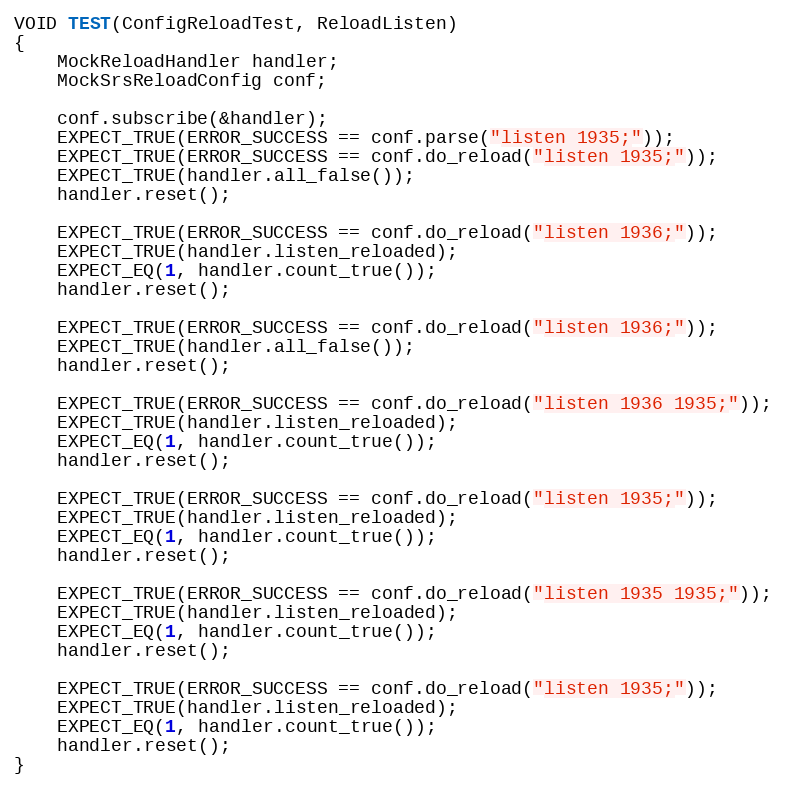
Language: C++
VOID TEST(ConfigReloadTest, ReloadListen)
{
    MockReloadHandler handler;
    MockSrsReloadConfig conf;

    conf.subscribe(&handler);
    EXPECT_TRUE(ERROR_SUCCESS == conf.parse("listen 1935;"));
    EXPECT_TRUE(ERROR_SUCCESS == conf.do_reload("listen 1935;"));
    EXPECT_TRUE(handler.all_false());
    handler.reset();

    EXPECT_TRUE(ERROR_SUCCESS == conf.do_reload("listen 1936;"));
    EXPECT_TRUE(handler.listen_reloaded);
    EXPECT_EQ(1, handler.count_true());
    handler.reset();

    EXPECT_TRUE(ERROR_SUCCESS == conf.do_reload("listen 1936;"));
    EXPECT_TRUE(handler.all_false());
    handler.reset();

    EXPECT_TRUE(ERROR_SUCCESS == conf.do_reload("listen 1936 1935;"));
    EXPECT_TRUE(handler.listen_reloaded);
    EXPECT_EQ(1, handler.count_true());
    handler.reset();

    EXPECT_TRUE(ERROR_SUCCESS == conf.do_reload("listen 1935;"));
    EXPECT_TRUE(handler.listen_reloaded);
    EXPECT_EQ(1, handler.count_true());
    handler.reset();

    EXPECT_TRUE(ERROR_SUCCESS == conf.do_reload("listen 1935 1935;"));
    EXPECT_TRUE(handler.listen_reloaded);
    EXPECT_EQ(1, handler.count_true());
    handler.reset();

    EXPECT_TRUE(ERROR_SUCCESS == conf.do_reload("listen 1935;"));
    EXPECT_TRUE(handler.listen_reloaded);
    EXPECT_EQ(1, handler.count_true());
    handler.reset();
}